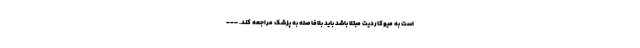
است به میوکاردیت مبتلا باشد باید بلافاصله به پزشک مراجعه کند. ---